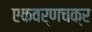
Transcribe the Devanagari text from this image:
एकवर्णचक्र